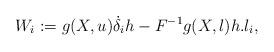
LaTeX: \begin{align*}W_{i}:=g(X,u)\dot \delta_{i}h-F^{-1}g(X,l)h.l_{i},\end{align*}